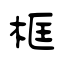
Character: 框